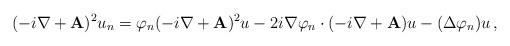
LaTeX: \begin{align*} (-i \nabla + \mathbf{A})^2 u_n = \varphi_n (-i \nabla + \mathbf{A})^2 u - 2 i \nabla \varphi_n \cdot (-i \nabla + \mathbf{A}) u - (\Delta \varphi_n) u \,,\end{align*}